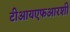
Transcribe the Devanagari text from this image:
टीआयएफआरशी